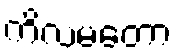
ကိလမတော